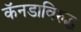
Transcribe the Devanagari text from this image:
कॅनडाविरुद्ध